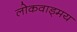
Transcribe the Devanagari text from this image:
लोकवाड्मय